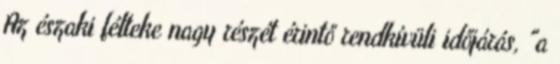
Az északi félteke nagy részét érintő rendkívüli időjárás, "a